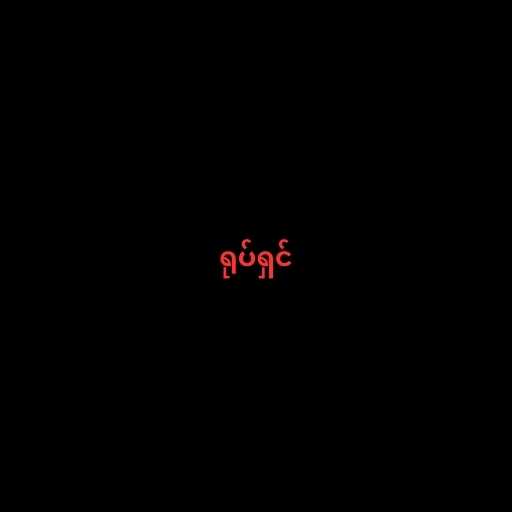
ရုပ်ရှင်